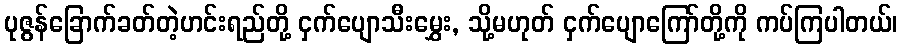
ပုဇွန်ခြောက်ခတ်တဲ့ဟင်းရည်တို့ ငှက်ပျောသီးမွှေး, သို့မဟုတ် ငှက်ပျောကြော်တို့ကို ကပ်ကြပါတယ်၊